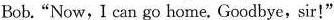
Bob."Now, I can go home, Goodbye,sir!"